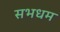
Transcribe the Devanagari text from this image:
सभधम